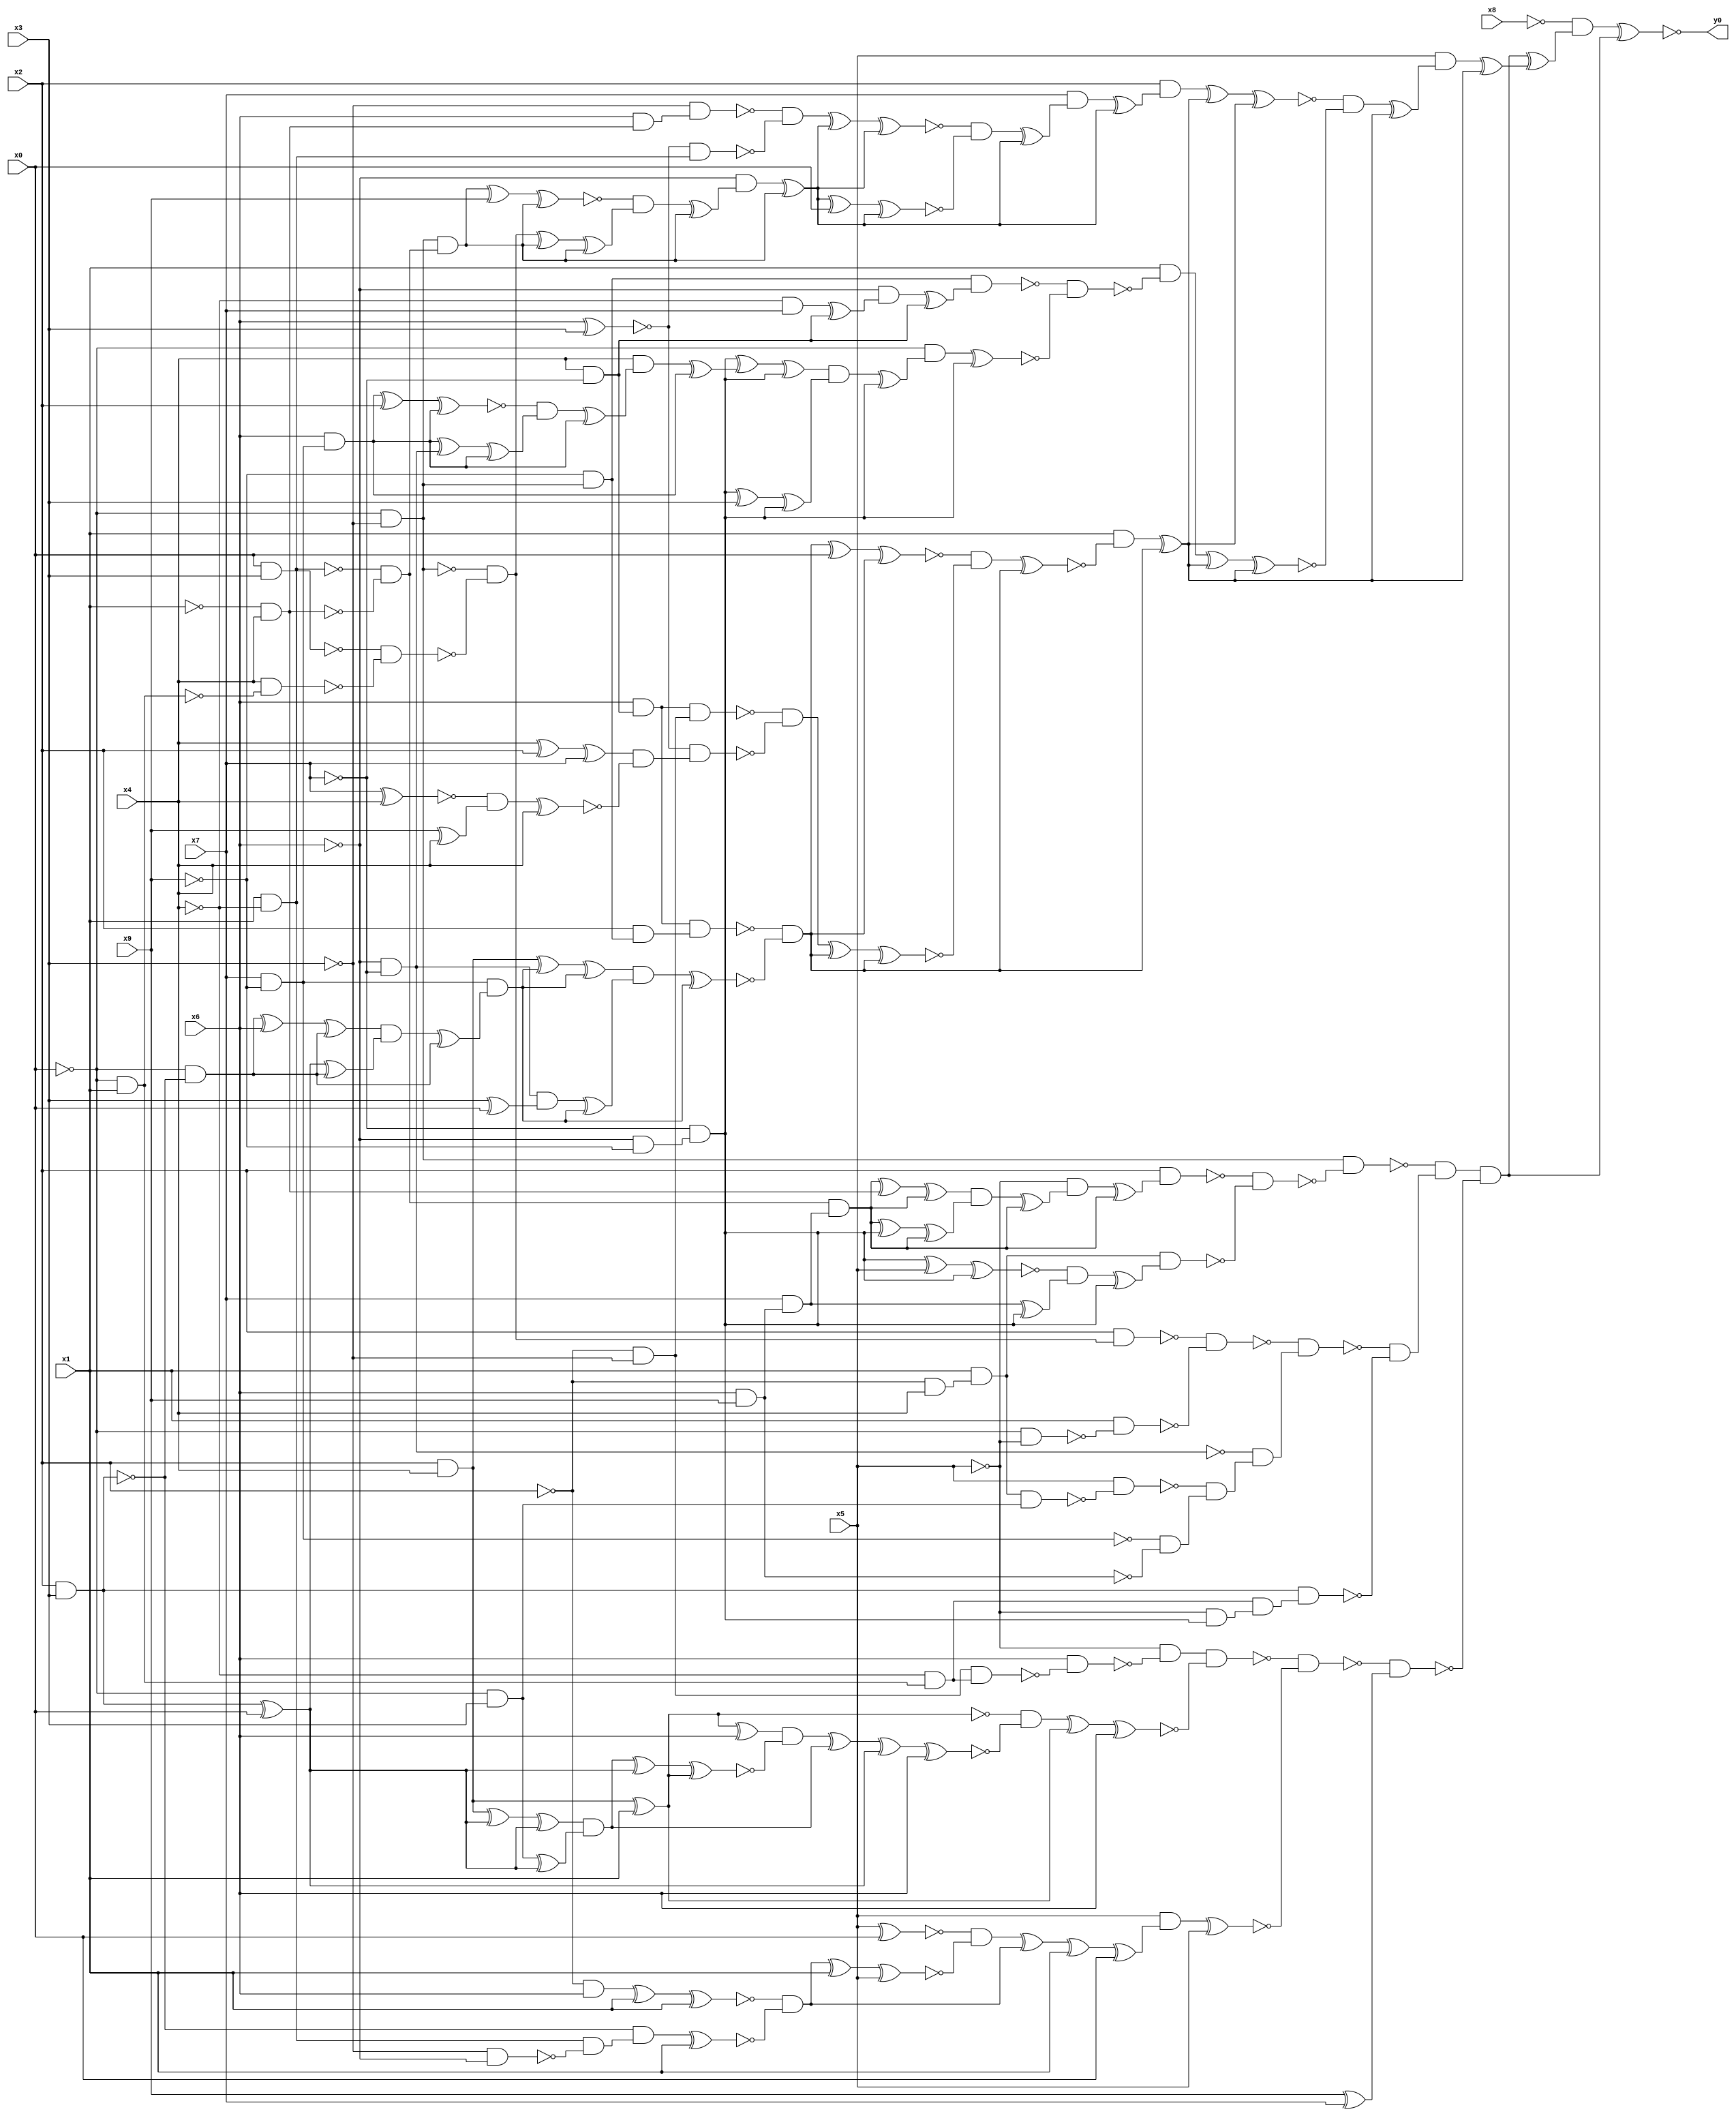
module top( x0 , x1 , x2 , x3 , x4 , x5 , x6 , x7 , x8 , x9 , y0 );
  input x0 , x1 , x2 , x3 , x4 , x5 , x6 , x7 , x8 , x9 ;
  output y0 ;
  wire n11 , n12 , n13 , n14 , n15 , n16 , n17 , n18 , n19 , n20 , n21 , n22 , n23 , n24 , n25 , n26 , n27 , n28 , n29 , n30 , n31 , n32 , n33 , n34 , n35 , n36 , n37 , n38 , n39 , n40 , n41 , n42 , n43 , n44 , n45 , n46 , n47 , n48 , n49 , n50 , n51 , n52 , n53 , n54 , n55 , n56 , n57 , n58 , n59 , n60 , n61 , n62 , n63 , n64 , n65 , n66 , n67 , n68 , n69 , n70 , n71 , n72 , n73 , n74 , n75 , n76 , n77 , n78 , n79 , n80 , n81 , n82 , n83 , n84 , n85 , n86 , n87 , n88 , n89 , n90 , n91 , n92 , n93 , n94 , n95 , n96 , n97 , n98 , n99 , n100 , n101 , n102 , n103 , n104 , n105 , n106 , n107 , n108 , n109 , n110 , n111 , n112 , n113 , n114 , n115 , n116 , n117 , n118 , n119 , n120 , n121 , n122 , n123 , n124 , n125 , n126 , n127 , n128 , n129 , n130 , n131 , n132 , n133 , n134 , n135 , n136 , n137 , n138 , n139 , n140 , n141 , n142 , n143 , n144 , n145 , n146 , n147 , n148 , n149 , n150 , n151 , n152 , n153 , n154 , n155 , n156 , n157 , n158 , n159 , n160 , n161 , n162 , n163 , n164 , n165 , n166 , n167 , n168 , n169 , n170 , n171 , n172 , n173 , n174 , n175 , n176 , n177 , n178 , n179 , n180 , n181 , n182 , n183 , n184 , n185 , n186 , n187 , n188 , n189 , n190 , n191 , n192 , n193 , n194 , n195 , n196 , n197 , n198 , n199 , n200 , n201 , n202 ;
  assign n13 = ~x0 & ~x3 ;
  assign n57 = x1 & ~x4 ;
  assign n58 = ~x1 & x4 ;
  assign n59 = ~n57 & ~n58 ;
  assign n121 = x6 & x9 ;
  assign n122 = x7 & n121 ;
  assign n123 = n59 & n122 ;
  assign n124 = n123 ^ n58 ;
  assign n125 = n124 ^ n123 ;
  assign n103 = ~x6 & ~x9 ;
  assign n104 = ~x7 & n103 ;
  assign n126 = n123 ^ n104 ;
  assign n127 = n126 ^ n123 ;
  assign n128 = n125 & n127 ;
  assign n129 = n128 ^ n123 ;
  assign n130 = ~x5 & n129 ;
  assign n131 = n130 ^ n123 ;
  assign n132 = x2 & n131 ;
  assign n133 = ~x2 & x4 ;
  assign n134 = x1 & n133 ;
  assign n135 = n104 ^ x5 ;
  assign n136 = n135 ^ n104 ;
  assign n137 = n122 ^ n104 ;
  assign n138 = ~n136 & n137 ;
  assign n139 = n138 ^ n104 ;
  assign n140 = n134 & n139 ;
  assign n141 = ~n132 & ~n140 ;
  assign n142 = n13 & ~n141 ;
  assign n63 = x0 & x3 ;
  assign n64 = ~x0 & x1 ;
  assign n65 = x4 & ~n64 ;
  assign n66 = ~n63 & ~n65 ;
  assign n67 = ~n13 & ~n66 ;
  assign n143 = x2 & n67 ;
  assign n144 = ~x0 & ~x5 ;
  assign n145 = x1 & ~n144 ;
  assign n146 = ~n143 & ~n145 ;
  assign n30 = ~x6 & ~x7 ;
  assign n147 = ~x0 & x3 ;
  assign n148 = n134 & n147 ;
  assign n149 = x5 & ~n148 ;
  assign n17 = x7 & ~x9 ;
  assign n150 = ~n17 & ~n121 ;
  assign n151 = ~n149 & n150 ;
  assign n152 = ~n30 & n151 ;
  assign n153 = ~n146 & n152 ;
  assign n18 = x2 & x3 ;
  assign n154 = ~x4 & n64 ;
  assign n155 = ~x5 & n104 ;
  assign n156 = n154 & n155 ;
  assign n157 = n18 & n156 ;
  assign n158 = ~n153 & ~n157 ;
  assign n159 = ~n142 & n158 ;
  assign n39 = ~x2 & ~x3 ;
  assign n160 = n39 & n154 ;
  assign n161 = x6 & ~n160 ;
  assign n162 = ~x5 & ~n161 ;
  assign n27 = x2 & x4 ;
  assign n163 = n27 ^ x1 ;
  assign n164 = n163 ^ x6 ;
  assign n22 = n18 ^ x0 ;
  assign n165 = n27 ^ n22 ;
  assign n166 = n165 ^ n22 ;
  assign n167 = n147 ^ n22 ;
  assign n168 = n166 & n167 ;
  assign n169 = n168 ^ n22 ;
  assign n170 = n169 ^ n163 ;
  assign n171 = n164 & ~n170 ;
  assign n172 = n171 ^ n168 ;
  assign n173 = n172 ^ n22 ;
  assign n174 = n173 ^ x6 ;
  assign n175 = ~n163 & ~n174 ;
  assign n176 = n175 ^ n163 ;
  assign n177 = n176 ^ x6 ;
  assign n178 = n162 & ~n177 ;
  assign n179 = x5 ^ x0 ;
  assign n180 = ~x2 & x6 ;
  assign n181 = n180 ^ x1 ;
  assign n182 = n181 ^ x1 ;
  assign n183 = ~x3 & ~x6 ;
  assign n184 = n57 & ~n183 ;
  assign n185 = ~n18 & n184 ;
  assign n186 = n185 ^ x1 ;
  assign n187 = ~n182 & ~n186 ;
  assign n188 = n187 ^ x1 ;
  assign n189 = n188 ^ x5 ;
  assign n190 = ~n179 & ~n189 ;
  assign n191 = n190 ^ n187 ;
  assign n192 = n191 ^ x1 ;
  assign n193 = n192 ^ x0 ;
  assign n194 = x5 & n193 ;
  assign n195 = n194 ^ x5 ;
  assign n196 = ~n178 & ~n195 ;
  assign n197 = x9 ^ x7 ;
  assign n198 = ~n196 & n197 ;
  assign n199 = n159 & ~n198 ;
  assign n74 = x6 & n58 ;
  assign n75 = ~x3 & n74 ;
  assign n41 = x6 ^ x3 ;
  assign n76 = ~n41 & n57 ;
  assign n77 = ~n75 & ~n76 ;
  assign n60 = n13 & n59 ;
  assign n61 = n60 ^ x9 ;
  assign n62 = n61 ^ n60 ;
  assign n68 = n67 ^ n60 ;
  assign n69 = n68 ^ n60 ;
  assign n70 = ~n62 & n69 ;
  assign n71 = n70 ^ n60 ;
  assign n72 = ~x6 & n71 ;
  assign n73 = n72 ^ n60 ;
  assign n78 = n77 ^ n73 ;
  assign n79 = n78 ^ n73 ;
  assign n80 = n73 ^ x0 ;
  assign n81 = n80 ^ n73 ;
  assign n82 = ~n79 & ~n81 ;
  assign n83 = n82 ^ n73 ;
  assign n84 = x7 & n83 ;
  assign n85 = n84 ^ n73 ;
  assign n86 = x2 & n85 ;
  assign n11 = x4 & ~x7 ;
  assign n12 = x6 & n11 ;
  assign n14 = ~x9 & n13 ;
  assign n15 = x2 & n14 ;
  assign n16 = n12 & n15 ;
  assign n19 = ~x0 & ~n18 ;
  assign n20 = n19 ^ x6 ;
  assign n21 = n20 ^ n19 ;
  assign n23 = n22 ^ n19 ;
  assign n24 = n21 & n23 ;
  assign n25 = n24 ^ n19 ;
  assign n26 = n17 & n25 ;
  assign n28 = n27 ^ n26 ;
  assign n29 = n28 ^ n26 ;
  assign n31 = x3 ^ x0 ;
  assign n32 = n30 & n31 ;
  assign n33 = n32 ^ n26 ;
  assign n34 = n29 & n33 ;
  assign n35 = n34 ^ n26 ;
  assign n36 = ~n16 & ~n35 ;
  assign n37 = n36 ^ x0 ;
  assign n38 = n37 ^ n36 ;
  assign n40 = n12 & n39 ;
  assign n42 = x4 ^ x2 ;
  assign n43 = n42 ^ x7 ;
  assign n44 = x7 ^ x4 ;
  assign n45 = x9 ^ x4 ;
  assign n46 = ~n44 & n45 ;
  assign n47 = n46 ^ x4 ;
  assign n48 = n43 & ~n47 ;
  assign n49 = ~n41 & n48 ;
  assign n50 = ~n40 & ~n49 ;
  assign n51 = n50 ^ n36 ;
  assign n52 = n51 ^ n36 ;
  assign n53 = ~n38 & ~n52 ;
  assign n54 = n53 ^ n36 ;
  assign n55 = x1 & ~n54 ;
  assign n56 = n55 ^ n36 ;
  assign n87 = n86 ^ n56 ;
  assign n88 = n87 ^ n56 ;
  assign n89 = ~x4 & x7 ;
  assign n90 = n89 ^ n11 ;
  assign n91 = ~x6 & n90 ;
  assign n92 = n91 ^ n11 ;
  assign n93 = n14 & n92 ;
  assign n94 = x6 & n17 ;
  assign n95 = n94 ^ x2 ;
  assign n96 = n95 ^ n94 ;
  assign n97 = n94 ^ n30 ;
  assign n98 = n97 ^ n94 ;
  assign n99 = ~n96 & n98 ;
  assign n100 = n99 ^ n94 ;
  assign n101 = x4 & n100 ;
  assign n102 = n101 ^ n94 ;
  assign n105 = n104 ^ n102 ;
  assign n106 = n105 ^ n104 ;
  assign n107 = n104 ^ x3 ;
  assign n108 = n107 ^ n104 ;
  assign n109 = n106 & n108 ;
  assign n110 = n109 ^ n104 ;
  assign n111 = ~x0 & n110 ;
  assign n112 = n111 ^ n104 ;
  assign n113 = ~n93 & ~n112 ;
  assign n114 = x1 & ~n113 ;
  assign n115 = n114 ^ n56 ;
  assign n116 = n115 ^ n56 ;
  assign n117 = ~n88 & ~n116 ;
  assign n118 = n117 ^ n56 ;
  assign n119 = x5 & n118 ;
  assign n120 = n119 ^ n56 ;
  assign n200 = n199 ^ n120 ;
  assign n201 = ~x8 & n200 ;
  assign n202 = n201 ^ n199 ;
  assign y0 = ~n202 ;
endmodule